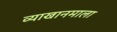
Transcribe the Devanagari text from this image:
व्याखानमाला